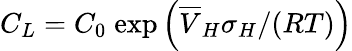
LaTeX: C_{L}=C_{0}\; \mathrm{exp}\left(\overline{{V}}_{H}\sigma_{H}/(RT)\right)